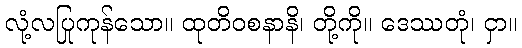
လုံ့လပြုကုန်သော။ ထုတိဝစနာနိ၊ တို့ကို။ ဒေဿတုံ၊ ငှာ။